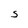
Character: S